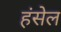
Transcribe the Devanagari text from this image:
हंसेल